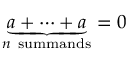
\underbrace { a + \cdots + a } _ { n { \mathrm { ~ s u m m a n d s } } } = 0